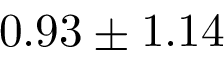
0 . 9 3 \pm 1 . 1 4